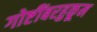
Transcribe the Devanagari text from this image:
गोष्टींबरहुकूम